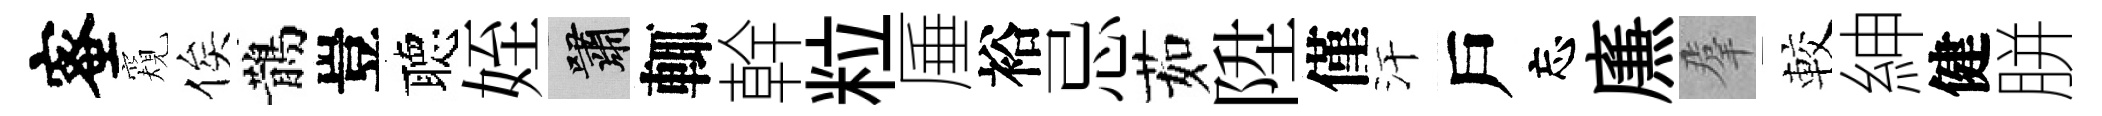
蜜窺俟鵲豈聴姪嘯輒幹粒厜裕忌茹陞僅汗戶忘㢘羣較紳健胼